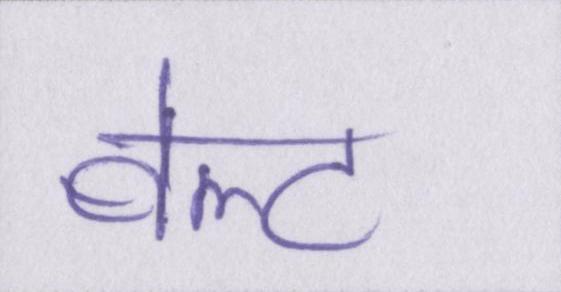
बेल्ट